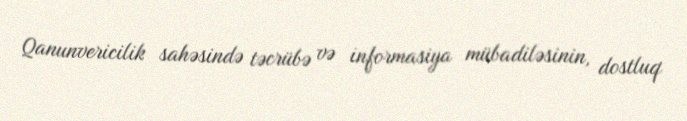
Qanunvericilik sahəsində təcrübə və informasiya mübadiləsinin, dostluq